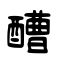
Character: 醩